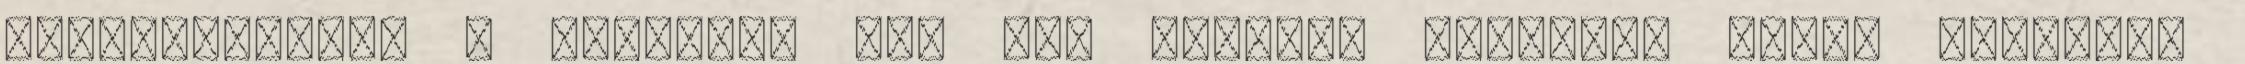
Visszasétálva a hotelhez egy kis kerülőt tettünk. Mivel kiszívta